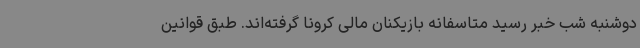
دوشنبه شب خبر رسید متاسفانه بازیکنان مالی کرونا گرفته‌اند. طبق قوانین